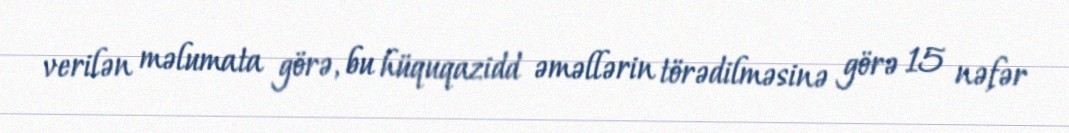
verilən məlumata görə, bu hüquqazidd əməllərin törədilməsinə görə 15 nəfər